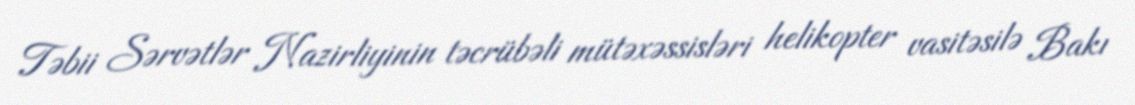
Təbii Sərvətlər Nazirliyinin təcrübəli mütəxəssisləri helikopter vasitəsilə Bakı